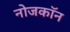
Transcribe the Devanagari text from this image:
नोजकाॅन